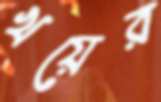
খয়ের